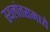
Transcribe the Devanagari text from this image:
स्थलांतरामध्ये